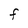
Character: F